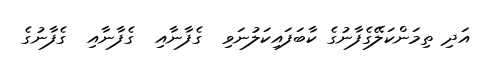
އަދި ތިމަންކަލޭގެފާނުގެ ކާބަފައިކަލުނަވި  ގެފާނާއި  ގެފާނާއި  ގެފާނުގެ